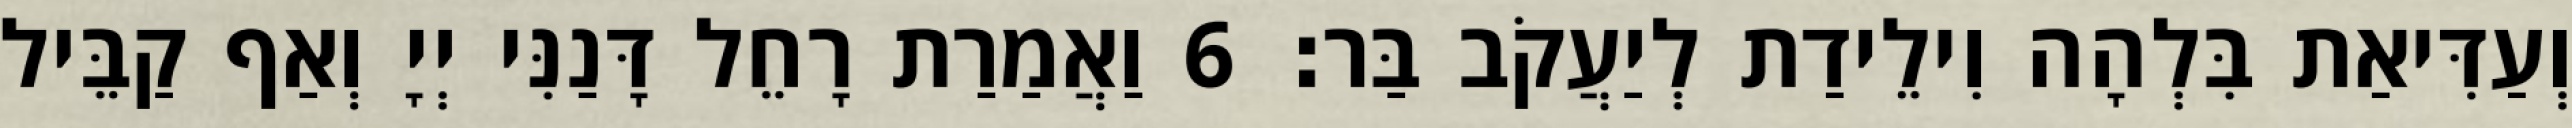
וְעַדִּיאַת בִּלְהָה וִילֵידַת לְיַעֲקֹב בַּר׃ 6 וַאֲמַרַת רָחֵל דָּנַנִּי יְיָ וְאַף קַבֵּיל